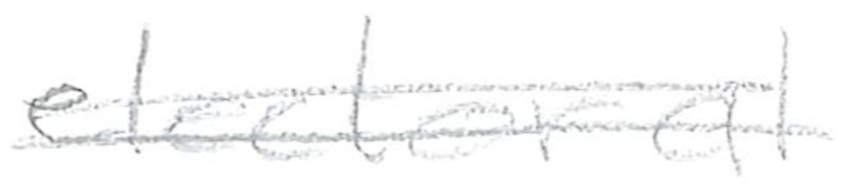
Text: electoral
Cross-out: double-line
Writing tool: pencil